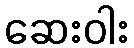
ဆေးဝါး